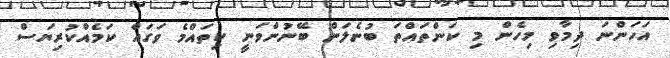
އަހަންނަ ދިމާވި މިހެން މި ކަންތައްތަ ބުނެލަން ބޭނުންވަނީ ކިތައްމެ ވަގައް ކަމެއްކުރިޔަސް